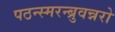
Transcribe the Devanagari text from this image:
पठन्स्मरन्ब्रुवन्नरो